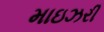
માઇઝરી